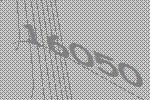
16050